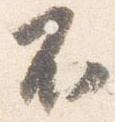
不